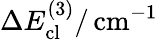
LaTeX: \Delta E_{\mathrm{cl}}^{(3)}/\, \mathrm{cm}^{-1}